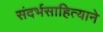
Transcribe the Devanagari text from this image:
संदर्भसाहित्याने